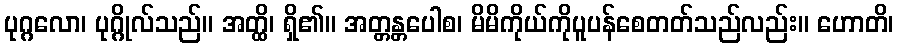
ပုဂ္ဂလော၊ ပုဂ္ဂိုလ်သည်။ အတ္ထိ၊ ရှိ၏။ အတ္တန္တပေါစ၊ မိမိကိုယ်ကိုပူပန်စေတတ်သည်လည်း။ ဟောတိ၊